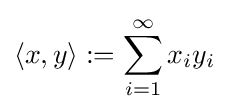
\langle x,y\rangle :=\sum _{i=1}^{\infty }x_{i}y_{i}